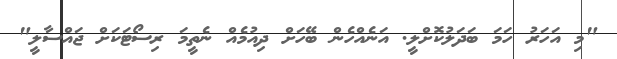
"މި އަހަރު ހަމަ ބަދަލުކޮށްލީ. އަނެއްހެން ބޭހަށް ދިއުމެއް ނެތީމަ ރިސޯޓަކަށް ޖައްސާލީ"